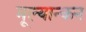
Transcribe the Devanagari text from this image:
मूल्यान्कन